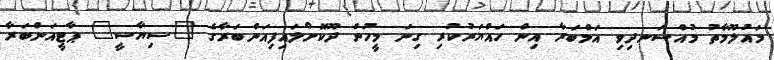
މައުލޫމާތު މުއްސަނދިވި އަމްބަރާ އިން ހައްޔަރުކުރި ގިނަ މީހުން ދޫކޮށްލައިފިއަންބަރާގެ "ސިޔާސީ" ޕާޓީއަންބަރާ